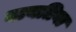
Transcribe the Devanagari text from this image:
बायतिया